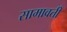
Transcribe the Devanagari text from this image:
सामावती